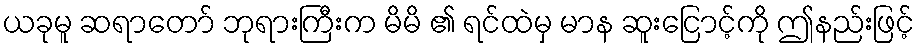
ယခုမူ ဆရာတော် ဘုရားကြီးက မိမိ ၏ ရင်ထဲမှ မာန ဆူးငြောင့်ကို ဤနည်းဖြင့်